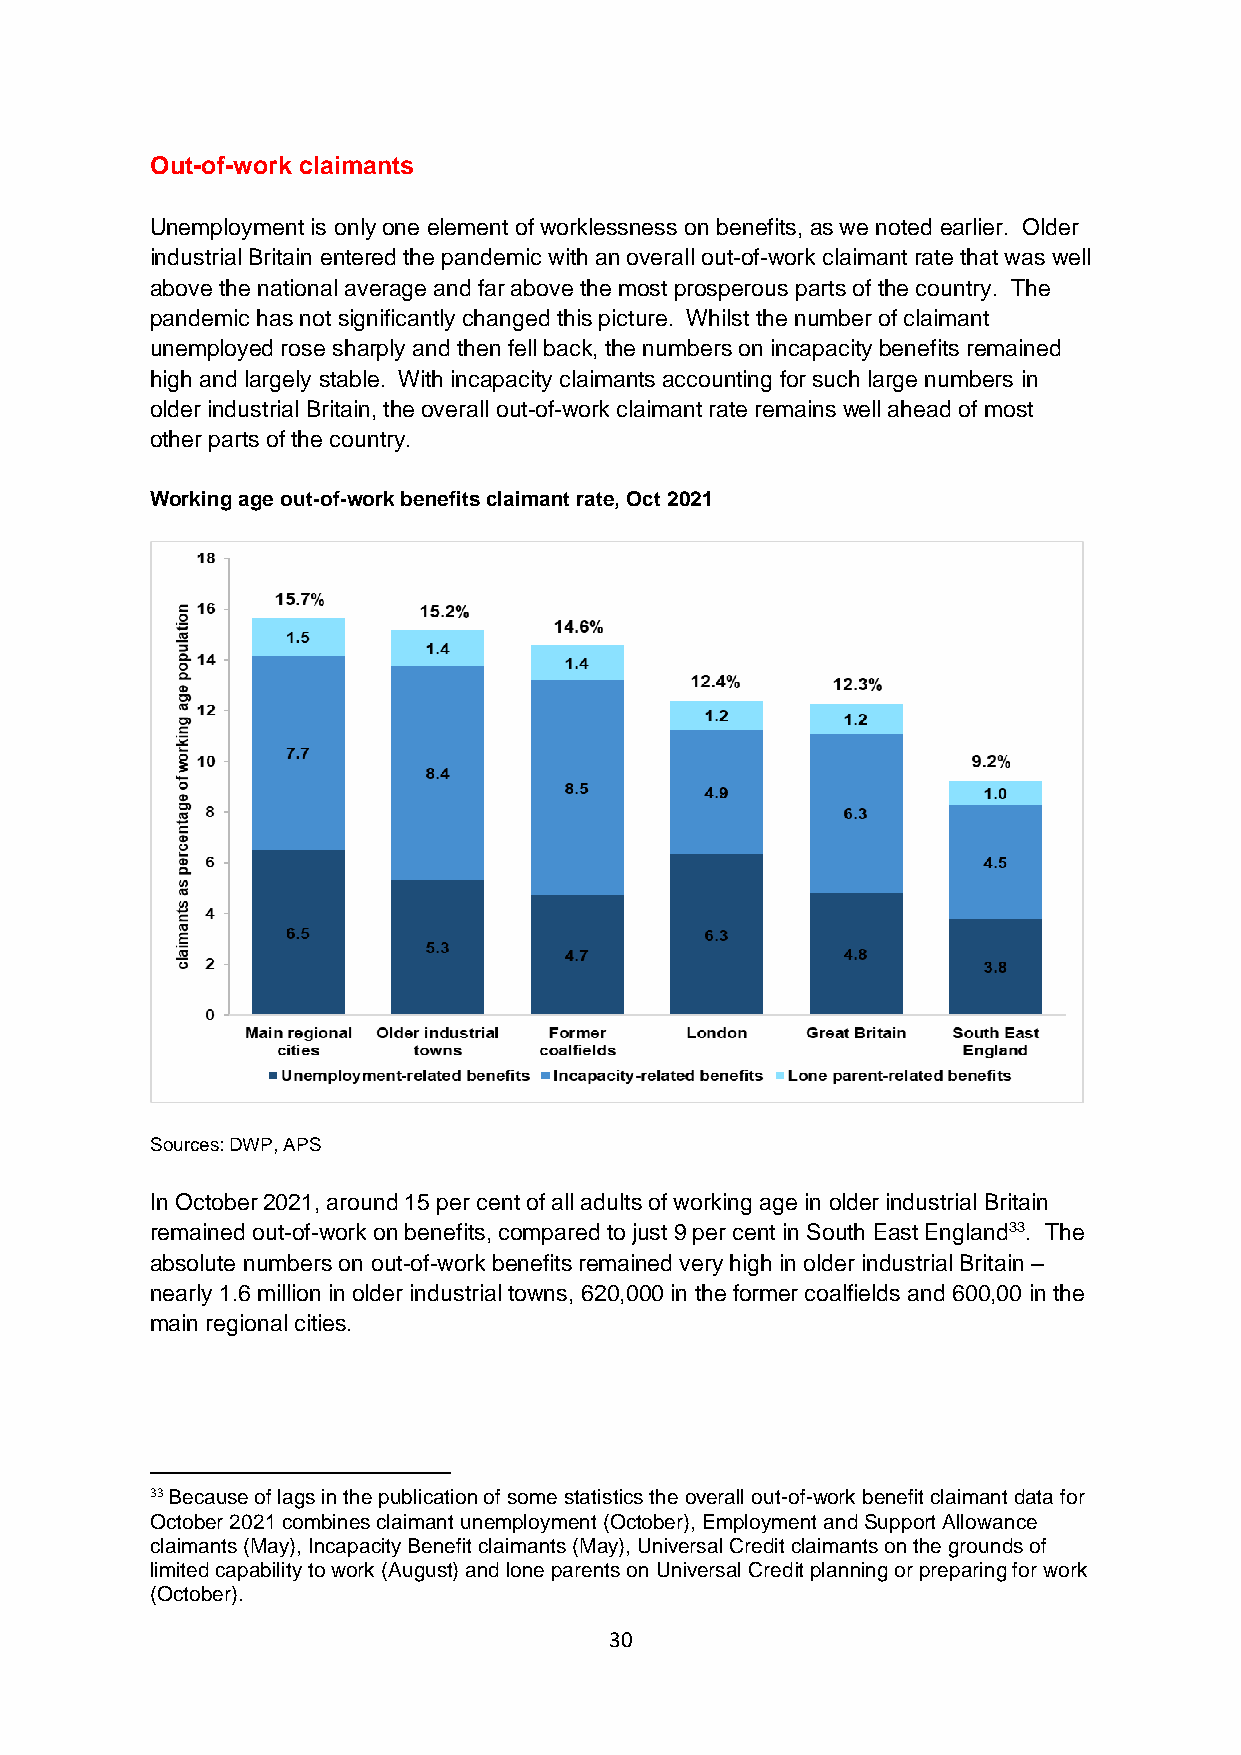
Out-of-work claimants
 Unemployment is only one element of worklessness on benefits, as we noted earlier. Older
 industrial Britain entered the pandemic with an overall out-of-work claimant rate that was well
 above the national average and far above the most prosperous parts of the country. The
 pandemic has not significantly changed this picture. Whilst the number of claimant
 unemployed rose sharply and then fell back, the numbers on incapacity benefits remained
 high and largely stable. With incapacity claimants accounting for such large numbers in
 older industrial Britain, the overall out-of-work claimant rate remains well ahead of most
 other parts of the country.
 Working age out-of-work benefits claimant rate, Oct 2021
 Sources: DWP, APS
 In October 2021, around 15 per cent of all adults of working age in older industrial Britain
 remained out-of-work on benefits, compared to just 9 per cent in South East England33. The
 absolute numbers on out-of-work benefits remained very high in older industrial Britain –
 nearly 1.6 million in older industrial towns, 620,000 in the former coalfields and 600,00 in the
 main regional cities.
 33 Because of lags in the publication of some statistics the overall out-of-work benefit claimant data for
 October 2021 combines claimant unemployment (October), Employment and Support Allowance
 claimants (May), Incapacity Benefit claimants (May), Universal Credit claimants on the grounds of
 limited capability to work (August) and lone parents on Universal Credit planning or preparing for work
 (October).
 30